Statistical return of the lunatic asylum in Assam - 1912-1932
Year: 1912
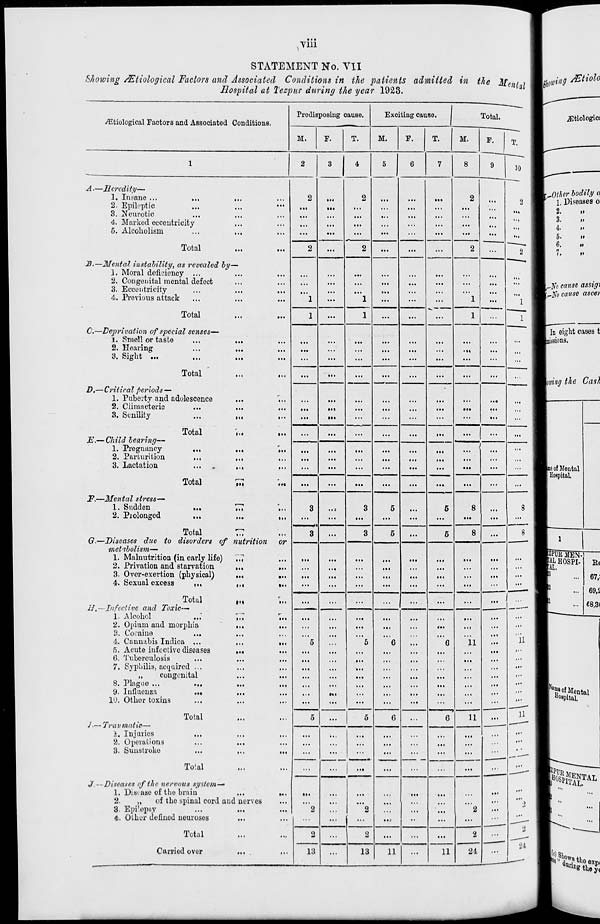
■vm
STATEMENT No. VII
Showing /Etiological Factors and Associated Conditions in the patients admitted in the Menf 1
Hospital at Tezpur during the year 1923.
Prodisposing cause.
Exciting cause.
I
Total.
^tiological Factors and Associated Conditions.
1
ll
10
M.
F.
T.
M.
F.
T.
M.
F.
,
9
1
2
3
4
5
6
7
8
A.—Heredity—
1. Insane ...
...
,,,
2
•••
2
...
• ••
...
2
2
2. Epileptic
...
...
•••
a..
>..
...
.. ■
...
3. Neurotic
• •.
•■.
aa .
4. Marked eccentricity
...
5. Alcoholism
...
...
...
" .
...
...
' ■—
...
...
...
...
Total
2
2
...
...
2
...
2
B.—Mental instability, as revealed by
1. Moral deficiency ...
...
...
...
...
...
■ .a
2. Congenital mental defect
...
...
...
. ■.
...
...
3. Eccentricity
...
...
• •.
...
...
...
4. Previous attack
• ■ <
...
1
...
1
...
...
~.
1
...
1
Total
1
...
1
...
...
1
...
1
C.—Deprivation of special senses—
"
1. Smell or taste
...
...
...
..a
...
2. Hearing
..«
3. Sight ...
...
I.I
...
...
...
...
...
...
...
...
Total '
...
...
...
—.
...
...
...
...
D,—Critical periods—
1. Puberty and adolescence
...
>..
•. ■
...
...
...
• • ■
• I.
...
...
2. Climacterio
...
...
• >•
• ••
...
..a
...
• ••
...
3. Senility
Ml
|al
i>.
...
in
...
...
...
...
...
...
...
Total
...
...
... |
E.— Child bearing—
1. Pregnancy
,,,
...
•••
...
...
...
)
...
2. Parturition
...
,,,
...
...
...
...
I.I
...
• aa
>..
3. Lactation
I.I
I.I
...
...
...
...
...
...
...
...
...
Total
...
...
...
...
...
...
...
...
...
F.—Mental stress—
1. Sudden
„.
III
in
3
a. 3
3
5
5
8
8
2. Prolonged
,—,
In
...
...
...
...
...
...
...
...
Total
3
3
5
5
8
8
G.—Diseases due to disorders of
metabolism-
nutrition or
1. Malnutrition (in early life)
• •<
• ••
...
...
...
...
...
...
...
2. Privation and starvation
»••
in
...
3. Over-exertion (physical)
„,
•>>
• a.
...
...
...
• >.
aa .
...
...
4. Sexual excess
,„
• ••
»»<
I..
...
...
...
...
...
...
...
...
...
Total
...
...
••• 1 ...
11.—Infective and Toxic-—
1. Alcohol
Mi
1..
...
,,,
..a
2. Opium and morphia
...
...
...
...
...
..1
...
...
P. Cocaine
• ••
>..
.a a
• ti
4. Cannabia Indica ...
,,,
5
5
6
G
11
...
11
5. Acute infective diseases
• •«
...
• i.
...
6. Tuberculosis
in
...
• •a
...
7. Syphilis, acquired ...
...
...
...
...
...
...
...
■ ..
...
...
„
congenital
...
...
...
...
...
...
...
...
...
...
...
8. Plague ...
...
...
..a
...
. .a
...
...
9. Infiuonza
...
...
Ml
...
..a
..<
...
1U. Other toxins
Ill
...
...
...
...
...
...
...
...
__^- Ji-
Total
5
...
5
6
...
6
11
ll
J.—Traumatic—
!», Injuries
■..
■ ••
...
...
...
2. Operations
...
...
• •.
...
...
'"
3. Sunstroke
...
...
...
...
...
...
...
...
...
... _JJ-
Total
...
...
...
...
...
...
...
...
...
..■
( Ji-
J.--Diseases of the nervous system—
1. Disiase of the brain
•••
it.
...
...
..•
2.
„
of the spinal cord ai id nerves
...
...
...
...
... i
...
.. .
...
ll
3. Epi'epsy
...
...
2
.. .
2
...
...
2
...
4. Other defined ueurosos
«••
..1
...
...
...
...
••
...
...
Ji-
Total
2
...
2
...
...
...
2
i
Carried over
13
...
13
11
...
11
24
J —
,]j[o cause assigi
_]\ T o cause ascer